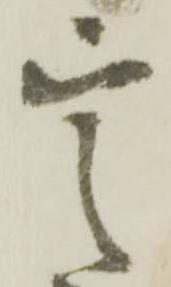
定